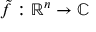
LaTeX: { \tilde { f } } : \mathbb { R } ^ { n } \to \mathbb { C }